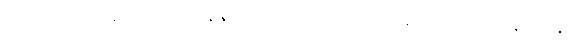
ထို့ပြင် အဆိုပါနိုင်ငံများရှိ ရေနံနှင့် သဘာဝဓာတ်ငွေ့လုပ်ငန်းများတွင် ရင်းနှီးမြှုပ်နှံရန်